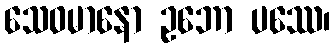
သေဝမာနော ဥဘော ပဿေ၊